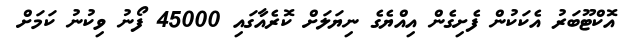
އޮކްޓޫބަރު އެކަކުން ފެށިގެން އިއްޔެގެ ނިޔަލަށް ކޮރެއާގައި 45000 ފޯނު ވިކުނު ކަމަށް